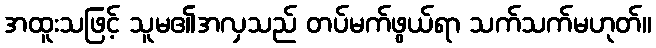
အထူးသဖြင့် သူမ၏အလှသည် တပ်မက်ဖွယ်ရာ သက်သက်မဟုတ်။